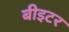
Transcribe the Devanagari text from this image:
बीइटर